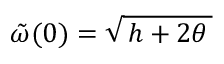
\: \tilde { \omega } ( 0 ) = \sqrt { \, h + 2 \theta \, } \: